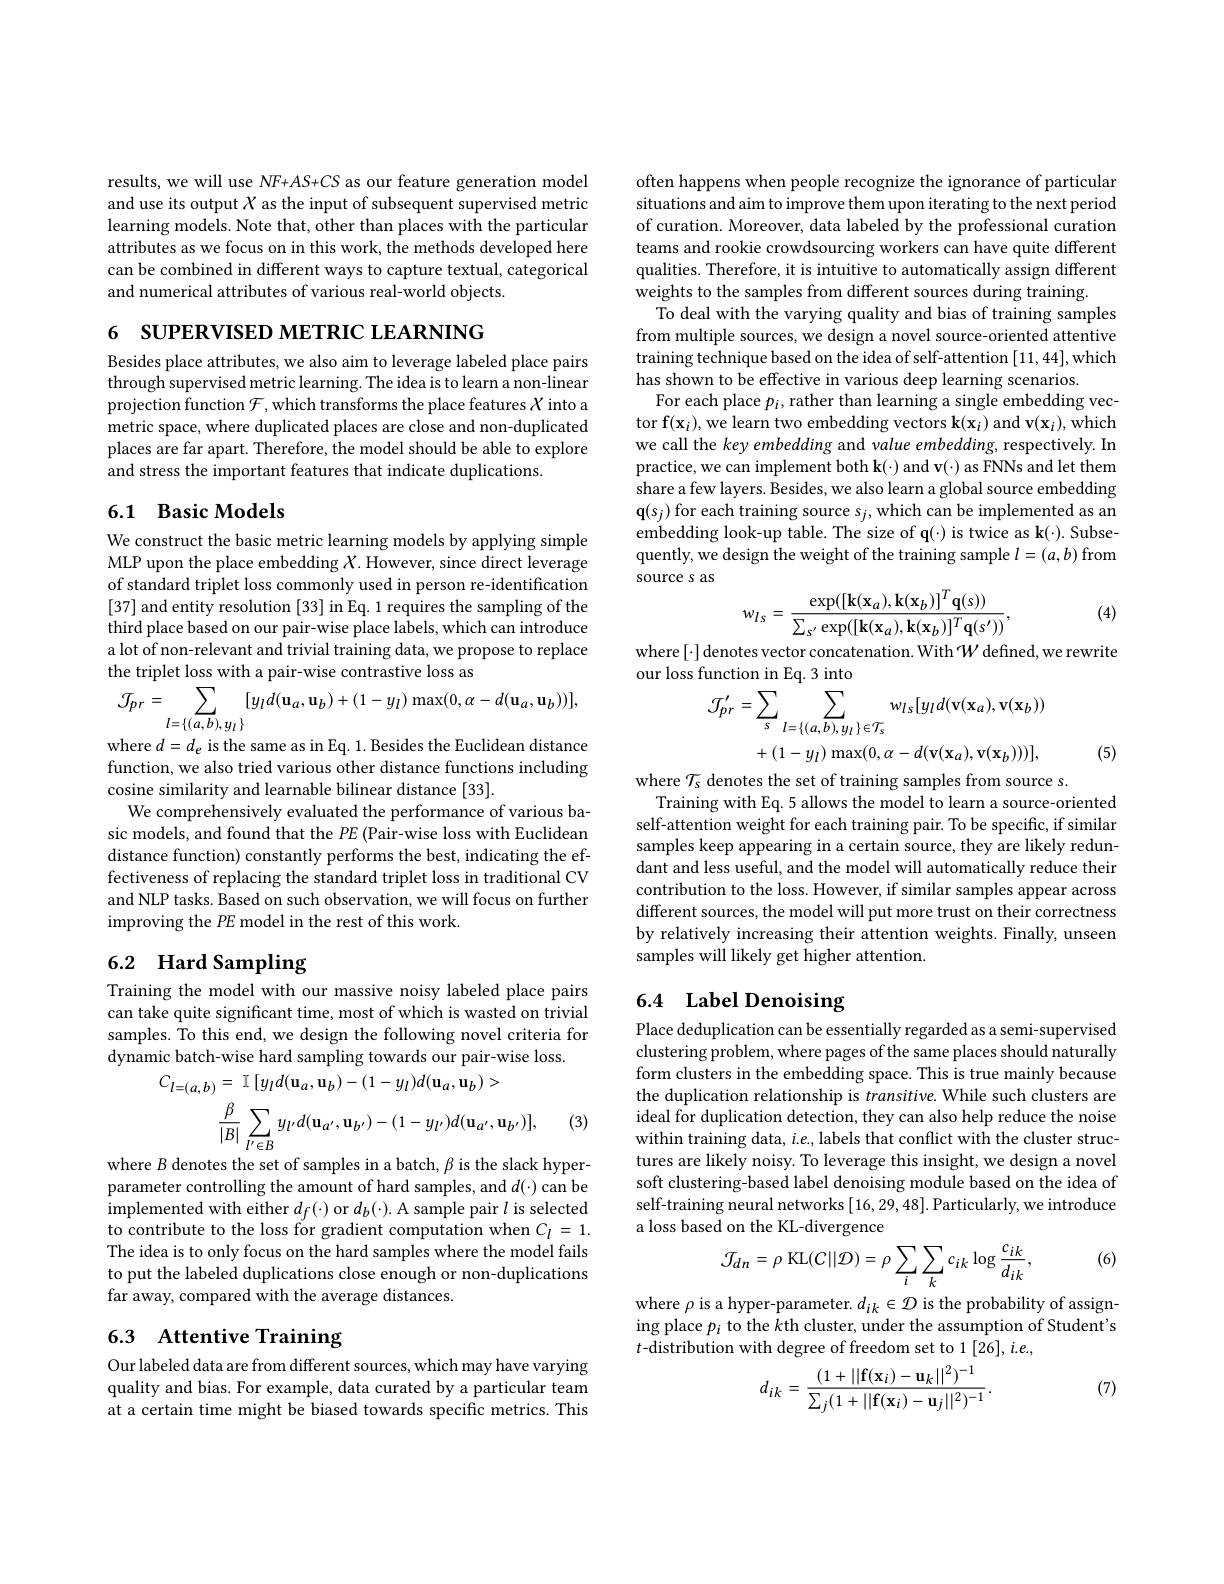
results, we will use NF+AS+CS as our feature generation model and use its output $X$ as the input of subsequent supervised metric learning models. Note that, other than places with the particular attributes as we focus on in this work, the methods developed here can be combined in different ways to capture textual, categorical and numerical attributes of various real-world objects.

6 SUPERVISED METRIC LEARNING

Besides place attributes, we also aim to leverage labeled place pairs through supervised metric learning. The idea is to learn a non-linear projection function $\mathcal{F}$,which transforms the place features $X$ into a metric space, where duplicated places are close and non-duplicated places are far apart. Therefore, the model should be able to explore and stress the important features that indicate duplications.

## 6.1 Basic Models

We construct the basic metric learning models by applying simple MLP upon the place embedding $X.$ However, since direct leverage of standard triplet loss commonly used in person re-identification [37] and entity resolution [33] in Eq. 1 requires the sampling of the third place based on our pair-wise place labels, which can introduce $\hat{\text{a lot of non-relevant and trivial training data, we propose to replace}}$ the triplet loss with a pair-wise contrastive loss as
$$\mathcal{J}_{pr}=\sum_{l=\{(a,b),y_{l}\}}[y_{l}d(\mathbf{u}_{a},\mathbf{u}_{b})+(1-y_{l})\max(0,\alpha-d(\mathbf{u}_{a},\mathbf{u}_{b}))],$$
where $d=d_{e}$ is the same as in Eq. 1. Besides the Euclidean distance function, we also tried various other distance functions including cosine similarity and learnable bilinear distance [33].
We comprehensively evaluated the performance of various basic models, and found that the $PE$ (Pair-wise loss with Euclidean distance function) constantly performs the best, indicating the effectiveness of replacing the standard triplet loss in traditional CV and NLP tasks. Based on such observation, we will focus on further improving the PE model in the rest of this work.

## 6.2 Hard Sampling

Training the model with our massive noisy labeled place pairs can take quite significant time, most of which is wasted on trivial samples. To this end, we design the following novel criteria for dynamic batch-wise hard sampling towards our pair-wise loss.
$$C_{l=(a,b)}=\:\mathbb{I}\:[y_{l}d(\mathbf{u}_{a},\mathbf{u}_{b})-(1-y_{l})d(\mathbf{u}_{a},\mathbf{u}_{b})>\\\frac{\beta}{|B|}\sum_{l^{\prime}\in B}y_{l^{\prime}}d(\mathbf{u}_{a^{\prime}},\mathbf{u}_{b^{\prime}})-(1-y_{l^{\prime}})d(\mathbf{u}_{a^{\prime}},\mathbf{u}_{b^{\prime}})],\\\frac{\beta}{|B|}\sum_{l^{\prime}\in B}y_{l^{\prime}}d(\mathbf{u}_{a^{\prime}},\mathbf{u}_{b^{\prime}})-(1-y_{l^{\prime}})d(\mathbf{u}_{a^{\prime}},\mathbf{u}_{b^{\prime}})],$$
(3)

where $B$ denotes the set of samples in a batch, $\beta$ is the slack hyperparameter controlling the amount of hard samples, and $d(\cdot)$ can be implemented with either $d_f(\cdot)$ or $d_b(\cdot).$ A sample pair $l$ is selected to contribute to the loss for gradient computation when $C_l=1.$ The idea is to only focus on the hard samples where the model fails to put the labeled duplications close enough or non-duplications far away, compared with the average distances.

# 6.3 Attentive Training

Our labeled data are from different sources, which may have varying quality and bias. For example, data curated by a particular team at a certain time might be biased towards specific metrics. This

often happens when people recognize the ignorance of particular situations and aim to improve them upon iterating to the next period of curation. Moreover, data labeled by the professional curation teams and rookie crowdsourcing workers can have quite different qualities. Therefore, it is intuitive to automatically assign different weights to the samples from different sources during training.
To deal with the varying quality and bias of training samples from multiple sources, we design a novel source-oriented attentive training technique based on the idea of self-attention [11,44],which has shown to be effective in various deep learning scenarios.
For each place $p_i$, rather than learning a single embedding vector f$(\mathbf{x}_i)$,we learn two embedding vectors k$(\mathbf{x}_i)$ and v$(\mathbf{x}_i)$,which we call the key embedding and value embedding, respectively. In practice, we can implement both k(·) and v(·) as FNNs and let them share a few layers. Besides, we also learn a global source embedding $\mathbf{q}(s_j)$ for each training source $s_j$,which can be implemented as an embedding look-up table. The size of q(·) is twice as k(·). Subsequently, we design the weight of the training sample $l=(a,b)$ from source s as
$$w_{ls}=\frac{\exp([\mathbf{k}(\mathbf{x}_{a}),\mathbf{k}(\mathbf{x}_{b})]^{T}\mathbf{q}(s))}{\sum_{s'}\exp([\mathbf{k}(\mathbf{x}_{a}),\mathbf{k}(\mathbf{x}_{b})]^{T}\mathbf{q}(s'))},$$
(4)

$where[\cdot] denotes vector concatenation. With W defined, we rewrite$
our loss function in Eq. 3 into
$$\begin{aligned}\mathcal{J}_{pr}^{\prime}&=\sum_{s}\sum_{l=\{(a,b),y_{l}\}\in\mathcal{T}_{s}}w_{ls}[y_{l}d(\mathbf{v}(\mathbf{x}_{a}),\mathbf{v}(\mathbf{x}_{b}))\\&+(1-y_{l})\max(0,\alpha-d(\mathbf{v}(\mathbf{x}_{a}),\mathbf{v}(\mathbf{x}_{b})))],\end{aligned}$$
(5)

where $\mathcal{T}_s$ denotes the set of training samples from source s.
Training with Eq. 5 allows the model to learn a source-oriented self-attention weight for each training pair. To be specific, if similar samples keep appearing in a certain source, they are likely redundant and less useful, and the model will automatically reduce their contribution to the loss. However, if similar samples appear across different sources, the model will put more trust on their correctness by relatively increasing their attention weights. Finally, unseen samples will likely get higher attention.

# 6.4 Label Denoising

Place deduplication can be essentially regarded as a semi-supervised clustering problem, where pages of the same places should naturally form clusters in the embedding space. This is true mainly because the duplication relationship is $transitive.$ While such clusters are ideal for duplication detection, they can also help reduce the noise within training data, $i.e.$, labels that conflict with the cluster structures are likely noisy. To leverage this insight, we design a novel soft clustering-based label denoising module based on the idea of self-training neural networks [16,29,48]. Particularly, we introduce a loss based on the KL-divergence
$$\mathcal{J}_{dn}=\rho\:\mathrm{KL}(C||\mathcal{D})=\rho\sum_{i}\sum_{k}c_{ik}\log\frac{c_{ik}}{d_{ik}},$$
(6)

where $\rho$ is a hyper-parameter. $d_ik\in\mathcal{D}$ is the probability of assigning place $p_i$ to the $k$th cluster, under the assumption of Student's $t$-distribution with degree of freedom set to 1$[26],i.e.$,

(7)
$$d_{ik}=\frac{(1+||\mathbf{f}(\mathbf{x}_i)-\mathbf{u}_k||^2)^{-1}}{\sum_j(1+||\mathbf{f}(\mathbf{x}_i)-\mathbf{u}_j||^2)^{-1}}.$$